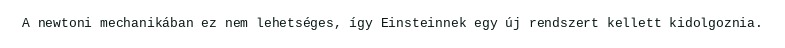
A newtoni mechanikában ez nem lehetséges, így Einsteinnek egy új rendszert kellett kidolgoznia.